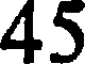
45